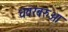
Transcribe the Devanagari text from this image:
धवरबरुआ